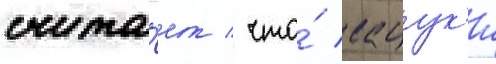
счита́ет / что́ сацук'и